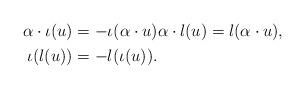
LaTeX: \begin{align*} \begin{aligned}\alpha \cdot \iota(u) &= - \iota (\alpha \cdot u) \alpha \cdot l(u) = l (\alpha \cdot u),\\ \iota(l(u)) &= -l(\iota(u)).\end{aligned}\end{align*}